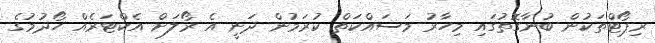
ރިޕޯޓްތަކުން ބުނާގޮތުގައި މިހާރު މަސައްކަތް ކުރަމުން ދަނީ އެ ރޯލަށް އެކްޓަރެއް ހޯދުމުގެ